Lunatic asylums Punjab 1895-1910 - 1895-1910
Year: 1895
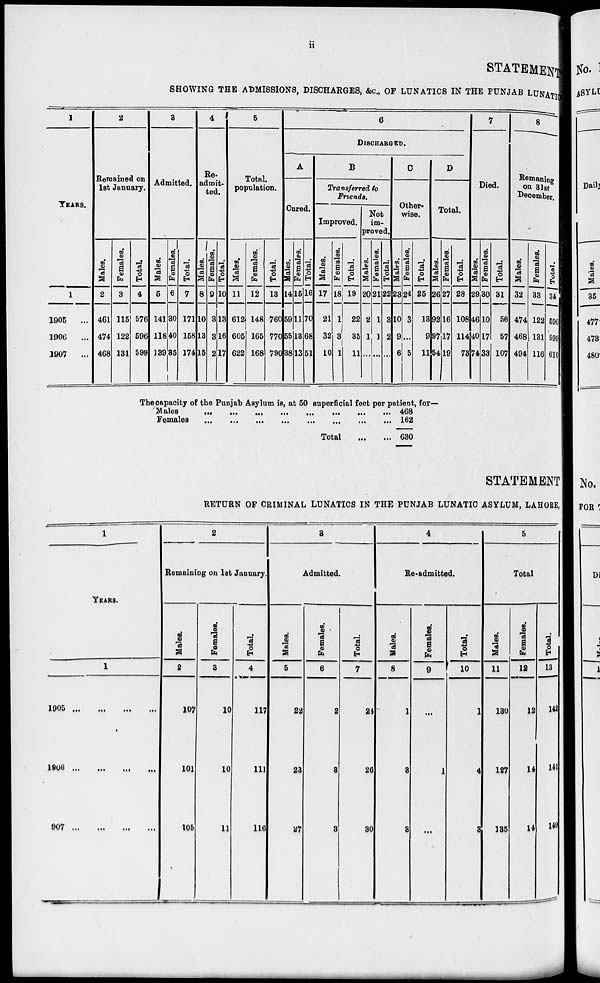
ii
STATEMENT
SHOWING THE ADMISSIONS, DISCHARGES, &c., OF LUNATICS IN THE PUNJAB LUNATIC
1
YEARS.
1
1905
...
1906
...
1907
...
2
Remained on
1st January.
Males.
2
461
474
468
Females.
3
115
122
131
Total.
4
576
596
599
3
Admitted.
Males.
5
141
118
139
Females.
6
30
40
35
Total.
7
171
158
174
4
Re-
admit-
ted.
Males.
8
10
13
15
Females.
9
3
3
2
Total.
10
13
16
17
5
Total.
population.
Males.
11
612
605
622
Females.
12
148
165
168
Total.
13
760
770
790
6
DISCHARGED.
A
Cured.
Males.
14
59
55
38
Females.
15
11
13
13
Total.
16
70
68
51
B
Transferred to
Friends.
Improved.
Males.
17
21
32
10
Females.
18
1
3
1
Total.
19
22
35
11
Not
im-
proved.
Males.
20
2
1
...
Females.
21
1
3
...
Total.
22
3
2
...
C
Other-
wise.
Males.
23
10
9
6
Females.
24
3
...
5
Total.
25
13
9
11
D
Total.
Males.
26
92
97
54
Females.
27
16
17
19
Total.
28
108
114
73
7
Died.
Males.
29
46
40
74
Females.
30
10
17
33
Total.
31
56
57
107
8
Remaning
on 31st
December.
Males.
32
474
468
494
Females.
33
122
131
116
Total.
34
596
599
610
The capacity of the Punjab Asylum is, at 50 superficial feet per patient, for—
Males
...
...
...
...
...
...
...
...
Females
...
...
...
...
...
...
...
...
Total
...
468
162
630
STATEMENT
RETURN OF CRIMINAL LUNATICS IN THE PUNJAB LUNATIC ASYLUM, LAHORE
1
YEARS.
1
1905
...
...
...
...
1906
...
...
...
...
1907
...
...
...
...
2
Remaining on 1st January.
Males.
2
107
101
105
Females.
3
10
10
11
Total.
4
117
111
116
3
Admitted.
Males.
5
22
23
27
Females.
6
2
3
3
Total.
7
24
26
30
4
Re-admitted.
Males.
8
1
3
3
Females.
9
...
1
...
Total.
10
1
4
8
5
Total
Males.
11
130
127
135
Females.
12
12
14
14
Total.
13
142
141
149